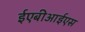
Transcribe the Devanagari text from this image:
ईएबीआईएस